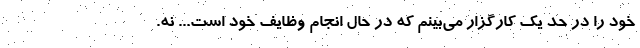
خود را در حد یک کارگزار می‌بینم که در حال انجام وظایف خود است... نه.